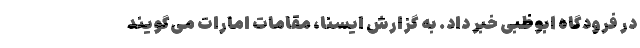
در فرودگاه ابوظبی خبر داد. به گزارش ایسنا، مقامات امارات می‌گویند